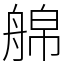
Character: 艊